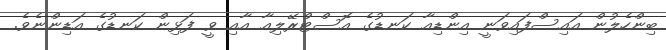
ބިންހެލުން އައިސްފައިވަނީ އިންޑިއާ ކަނޑުގެ އޮސްޓްރޭލިއާ އާއި ވީ ފަޅިން ކަނޑުގެ އަޑިންނެވެ.